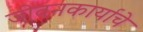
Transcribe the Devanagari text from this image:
जीवनकार्याचे